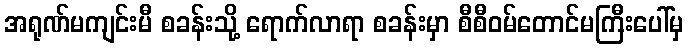
အရုဏ်မကျင်းမီ စခန်းသို့ ရောက်လာရာ စခန်းမှာ စီစီဝမ်တောင်မကြီးပေါ်မှ